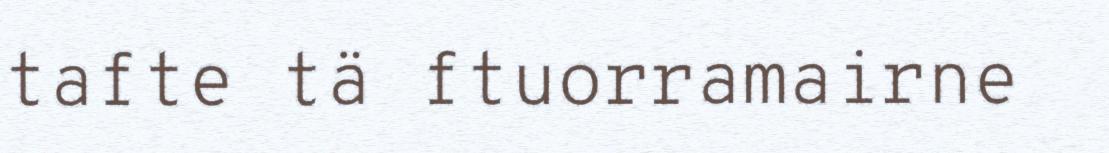
tafte tä ftuorramairne